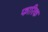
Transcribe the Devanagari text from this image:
फारिक